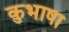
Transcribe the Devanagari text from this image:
कुभाषा